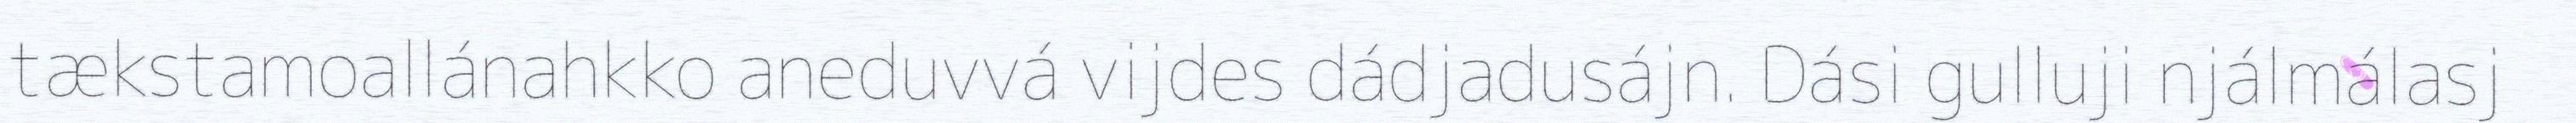
tækstamoallánahkko aneduvvá vijdes dádjadusájn. Dási gulluji njálmálasj